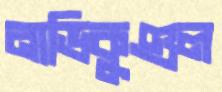
নাভিকুণ্ডল